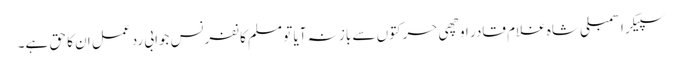
سپیکر اسمبلی شاہ غلام قادر اوچھی حرکتوں سے باز نہ آیا تو مسلم کانفرنس جوابی رد عمل ان کا حق ہے۔